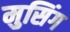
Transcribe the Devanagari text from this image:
मुसिंग